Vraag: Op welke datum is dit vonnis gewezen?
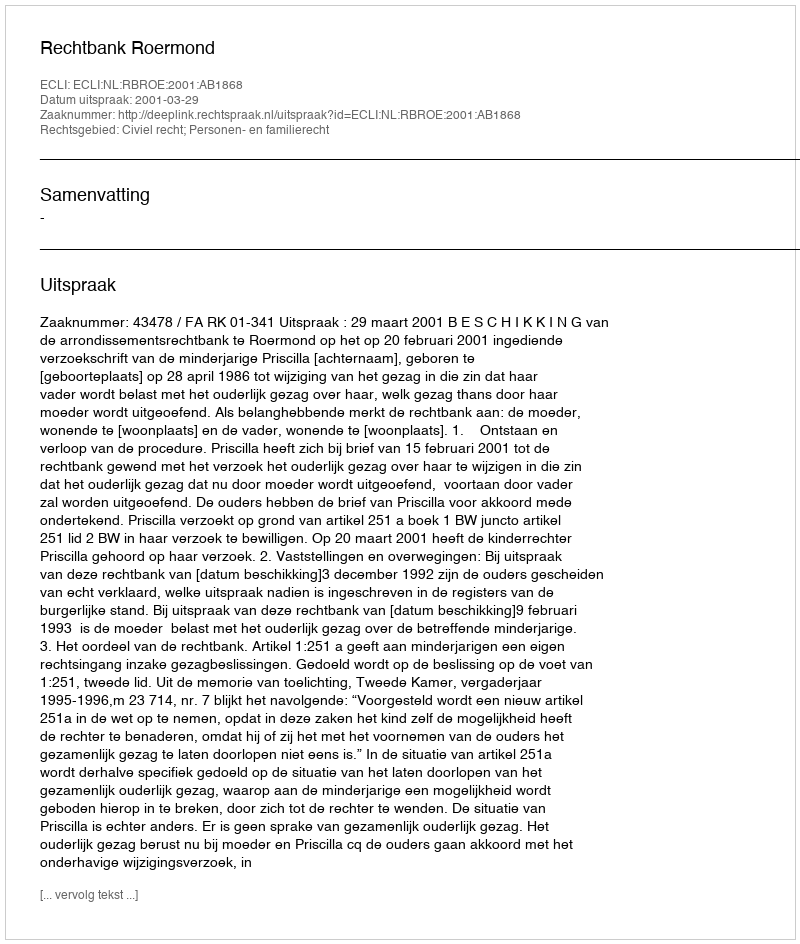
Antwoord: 2001-03-29